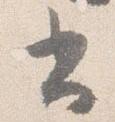
書